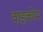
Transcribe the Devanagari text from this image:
वाइकोम